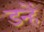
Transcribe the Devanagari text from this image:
डन्हें